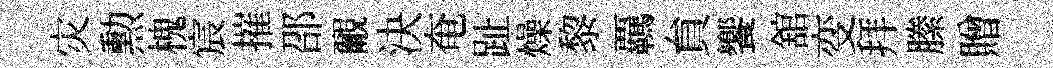
灾勲槐宸摧邵覼決奄趾燥黎覊貟饗舘变拜縢贈